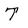
Character: T